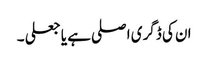
ان کی ڈگری اصلی ہے یا جعلی ۔